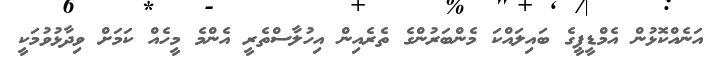
އަނެއްކޮޅުން އެމްޑީޕީގެ ބައިލައްކަ މެންބަރުންގެ ތެރެއިން އިހުލާސްތެރީ އެންމެ މީހެއް ކަމަށް ވިދާޅުވުމަކީ